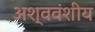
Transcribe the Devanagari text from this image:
अश्ववंशीय